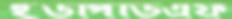
ইউপিডিএফ